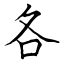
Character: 各